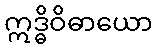
ဣဒ္ဓိဝိဓာယော